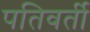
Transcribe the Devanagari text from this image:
पतिवर्ती